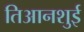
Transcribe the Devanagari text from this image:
तिआनशुई